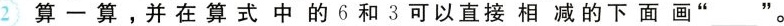
2 算一算，并在算式中的6和3可以直接相减的下面画” ___。